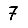
Digit: 7